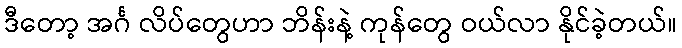
ဒီတော့ အင်္ဂ လိပ်တွေဟာ ဘိန်းနဲ့ ကုန်တွေ ဝယ်လာ နိုင်ခဲ့တယ်။